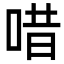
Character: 唶